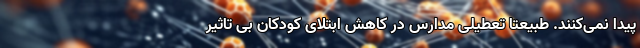
پیدا نمی‌کنند. طبیعتاً تعطیلی ‌مدارس در کاهش ابتلای کودکان بی تاثیر